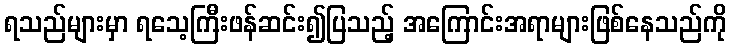
ရသည်များမှာ ရသေ့ကြီးဖန်ဆင်း၍ပြသည့် အကြောင်းအရာများဖြစ်နေသည်ကို